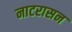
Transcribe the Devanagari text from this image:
नाटरासन